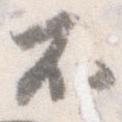
不